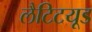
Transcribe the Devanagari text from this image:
लैटिटयूड